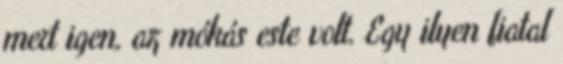
mert igen, az mókás este volt. Egy ilyen fiatal